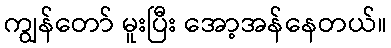
ကျွန်တော် မူးပြီး အော့အန်နေတယ်။